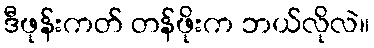
ဒီဖုန်းကတ် တန်ဖိုးက ဘယ်လိုလဲ။